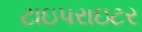
ટાઇપરાઇટર